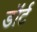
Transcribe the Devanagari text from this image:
डॉर्ट